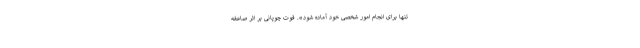
تنها برای انجام امور شخصی خود آماده شود». فوت چوپانی بر اثر صاعقه